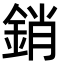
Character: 銷